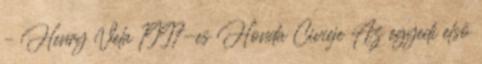
– Henry Vela 1997-es Honda Civicje Az egyedi első